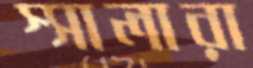
স্সালারা